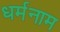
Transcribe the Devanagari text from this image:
धर्मनाम